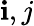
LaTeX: \mathbf{i},j